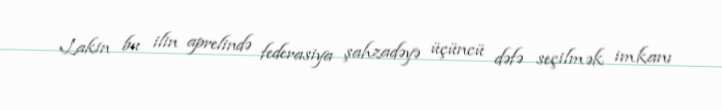
Lakin bu ilin aprelində federasiya şahzadəyə üçüncü dəfə seçilmək imkanı